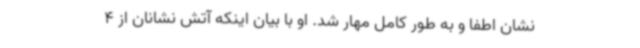
نشان اطفا و به طور کامل مهار شد. او با بیان اینکه آتش نشانان از 4